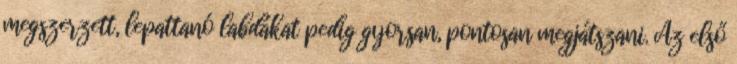
megszerzett, lepattanó labdákat pedig gyorsan, pontosan megjátszani. Az első